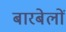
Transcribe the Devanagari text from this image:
बारबेलों